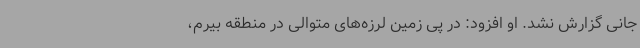
جانی گزارش نشد. او افزود: در پی زمین لرزه‌های متوالی در منطقه بیرم،